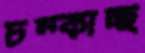
চম্‌কাচ্ছ